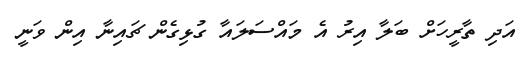
އަދި ތާރީހަށް ބަލާ އިރު އެ މައްސަލައާ ގުޅިގެން ޗައިނާ އިން ވަނީ